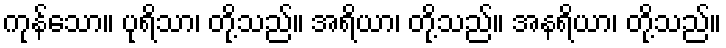
ကုန်သော။ ပုရိသာ၊ တို့သည်။ အရိယာ၊ တို့သည်။ အနရိယာ၊ တို့သည်။